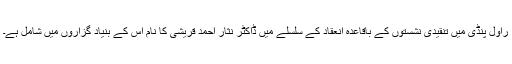
راول پنڈی میں تنقیدی نشستوں کے باقاعدہ انعقاد کے سلسلے میں ڈاکٹر نثار احمد قریشی کا نام اس کے بنیاد گزاروں میں شامل ہے۔